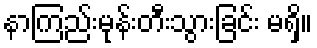
နာကြည်းမုန်းတီးသွားခြင်း မရှိ။